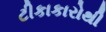
ટીકાકારોથી